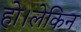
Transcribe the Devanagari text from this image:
हो।लेकिन